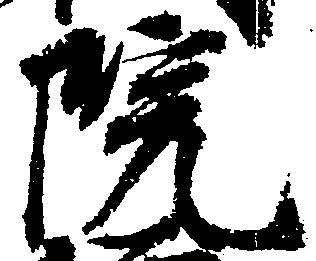
院